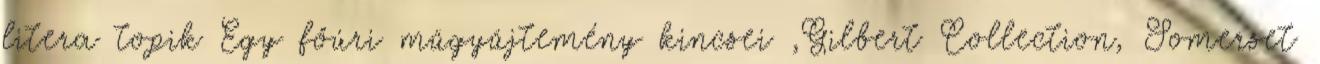
litera topik Egy főúri műgyűjtemény kincsei ,Gilbert Collection, Somerset